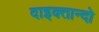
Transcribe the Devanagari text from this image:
दाइक्तान्दो